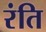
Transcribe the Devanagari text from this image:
रंति